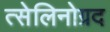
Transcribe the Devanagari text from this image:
त्सेलिनोग्रद